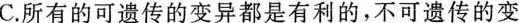
C.所有的可遗传的变异都是有利的，不可遗传的变